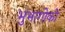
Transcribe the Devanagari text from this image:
भुभागोको